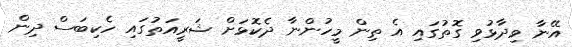
އޭނާ ވިދާޅުވި ގޮތުގައި އެ ތިން މީހުންނާ ދެކޮޅަށް ޝަރީއަތުގައި ހެކިބަސް ދިން